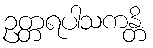
ဥတ္တရပါသကန္တိ